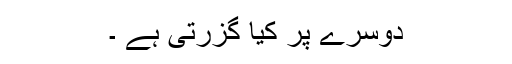
دوسرے پر کیا گزرتی ہے ۔